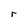
Character: r